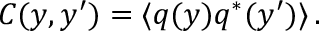
C ( y , y ^ { \prime } ) = \langle q ( y ) q ^ { * } ( y ^ { \prime } ) \rangle \, .